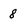
Character: 8